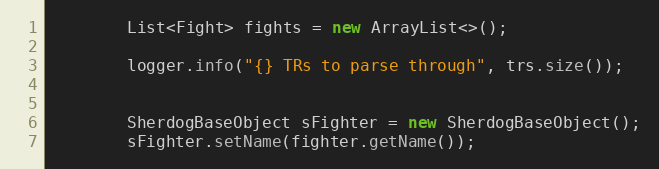
Language: Java
        List<Fight> fights = new ArrayList<>();

        logger.info("{} TRs to parse through", trs.size());

        SherdogBaseObject sFighter = new SherdogBaseObject();
        sFighter.setName(fighter.getName());